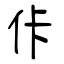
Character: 佧